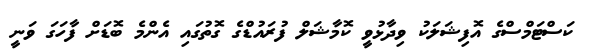
ކަސްޓަމްސްގެ އޮފިޝަލަކު ވިދާޅުވީ ކޮމާޝަލް ފުރައުޑްގެ ގޮތުގައި އެންމެ ބޮޑަށް ފާހަގަ ވަނީ